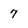
Character: 7